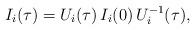
LaTeX: \begin{align*}I_{i}({\tau})= U_{i}({\tau}) \, I_{i}(0)\,U^{-1}_{i}({\tau}) ,\end{align*}